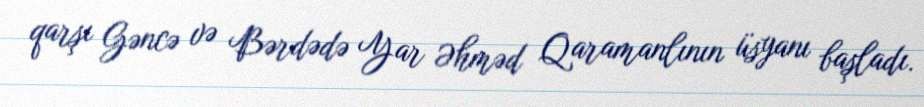
qarşı Gəncə və Bərdədə Yar Əhməd Qaramanlının üsyanı başladı.